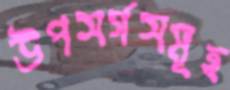
উপসর্গসমূহ